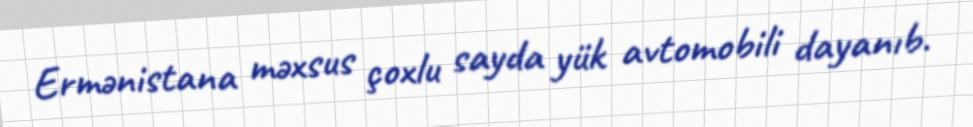
Ermənistana məxsus çoxlu sayda yük avtomobili dayanıb.